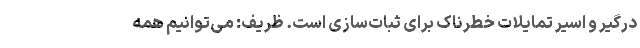
درگیر و اسیر تمایلات خطرناک برای ثبات‌سازی است. ظریف: می‌توانیم همه